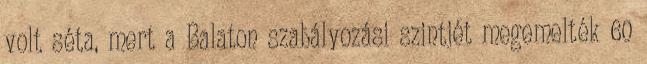
volt séta, mert a Balaton szabályozási szintjét megemelték 60